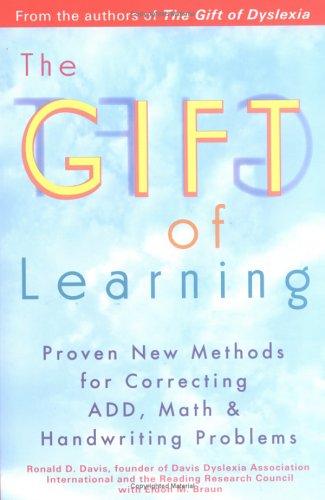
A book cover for The Gift of Learning; Ronald D. Davis; Parenting & Relationships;